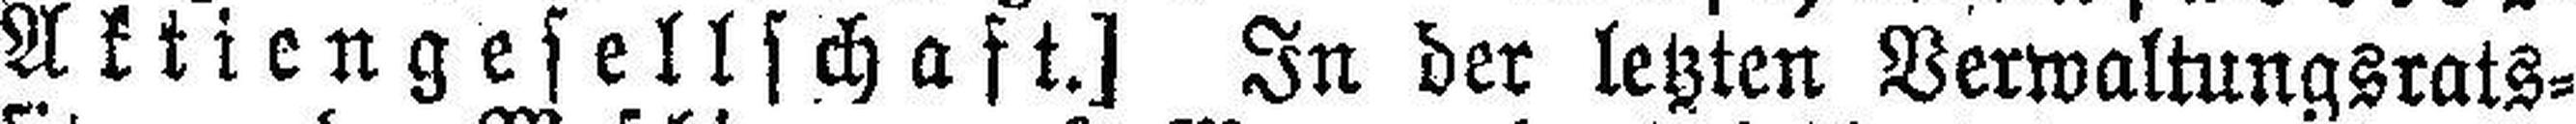
Aktiengesellschaft.] In der letzten Verwaltungsrats¬